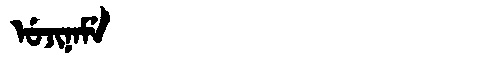
Manchu: ᡠᠵᡳᠨᠠᠮᡝ
Romanization: UJINAME